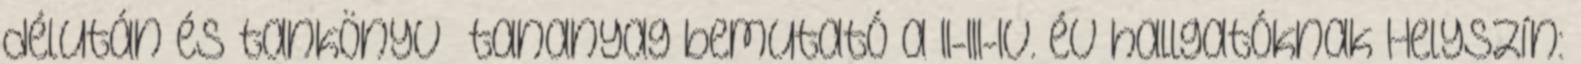
délután és tankönyv tananyag bemutató a II-III-IV. év hallgatóknak Helyszín: